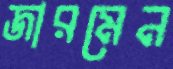
জারমেন